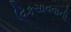
વિકસાવવાની